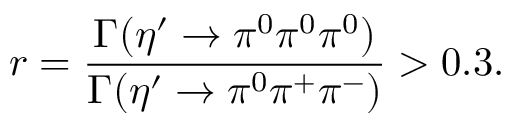
r = \frac { \Gamma ( \eta ^ { \prime } \rightarrow \pi ^ { 0 } \pi ^ { 0 } \pi ^ { 0 } ) } { \Gamma ( \eta ^ { \prime } \rightarrow \pi ^ { 0 } \pi ^ { + } \pi ^ { - } ) } > 0 . 3 .